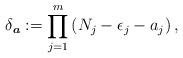
LaTeX: \begin{align*}\delta_{\boldsymbol{a}} := \prod_{j=1}^m \left( N_j - \epsilon_j - a_j \right),\end{align*}